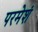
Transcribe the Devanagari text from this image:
परमेशं